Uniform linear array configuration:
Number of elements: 32
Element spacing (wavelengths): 0.75
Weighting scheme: exponential
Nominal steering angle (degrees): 0
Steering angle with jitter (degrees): -0.5358
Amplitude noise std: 0.05
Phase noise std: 0.05

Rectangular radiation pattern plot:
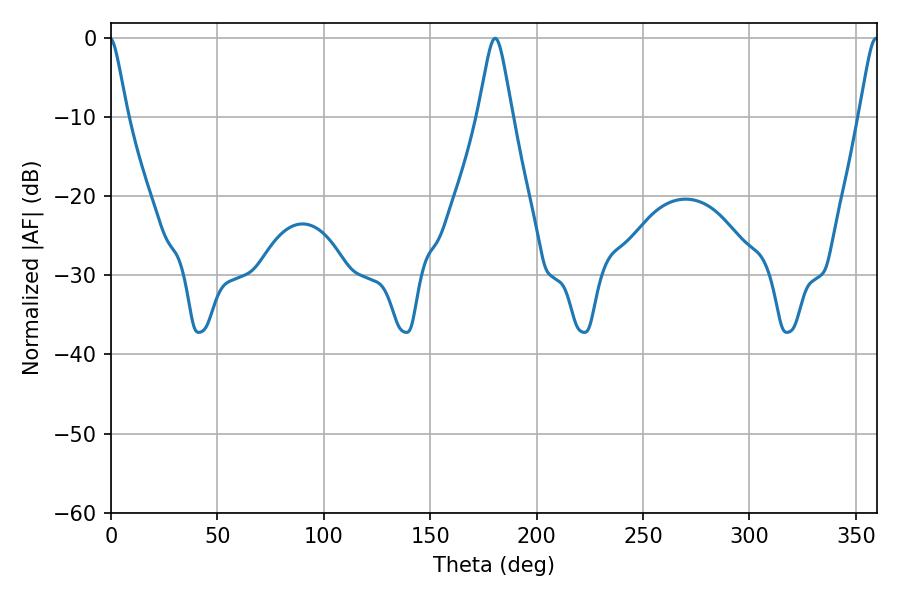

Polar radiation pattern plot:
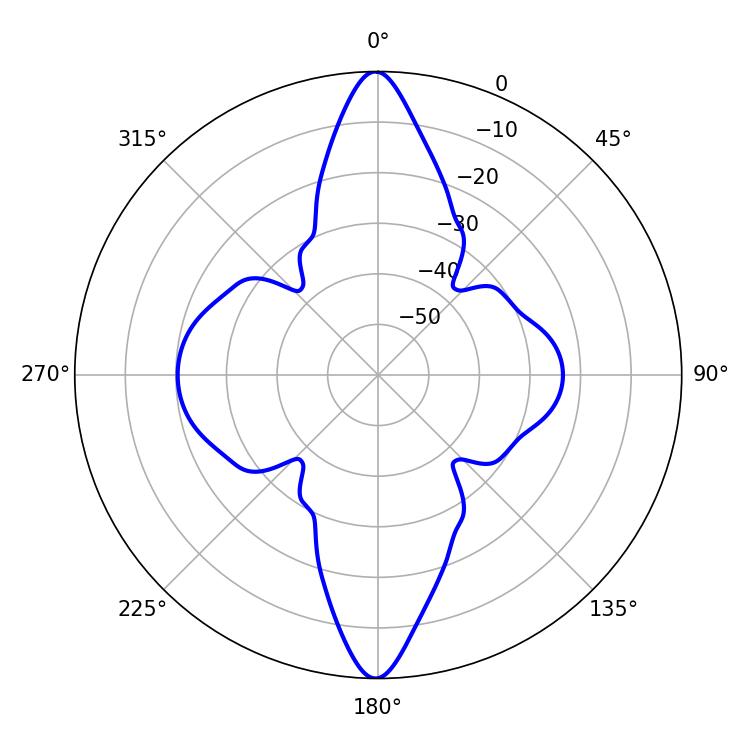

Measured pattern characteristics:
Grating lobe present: TRUE
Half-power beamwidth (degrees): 7.56
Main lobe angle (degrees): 180.54